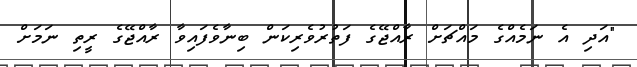
"އަދި އެ ނަމެއްގެ މައްޗަށް ރާއްޖޭގެ ފަތުރުވެރިކަން ބިނާވެފައިވާ ރާއްޖޭގެ ރީތި ނަމަށް